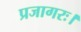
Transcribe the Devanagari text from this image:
प्रजागरः।